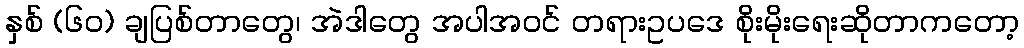
နှစ် (၆၀) ချပြစ်တာတွေ၊ အဲဒါတွေ အပါအဝင် တရားဥပဒေ စိုးမိုးရေးဆိုတာကတော့